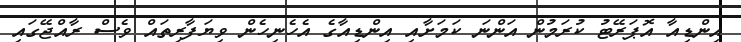
އިންޑިއާ އޮޕަރޭޓު ކުރަމުން އަންނަ ކަމަށާއި އިންޑިއާގެ އެހެނިހެން ވިޔަފާރިތައް ވެސް ރާއްޖޭގައި